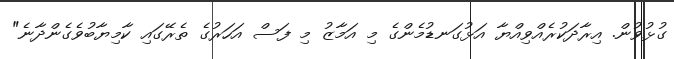
ގުޅުވުން. އިރާދަކުރެއްވިއްޔާ އަޅުގަނޑުމެންގެ މި އަމާޒު މި ފަސް އަހަރުގެ ތެރޭގައި ކާމިޔާބުވެގެންދާނެ"